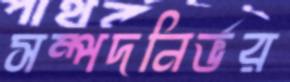
সম্পদনির্ভর